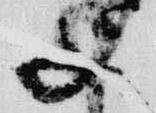
子